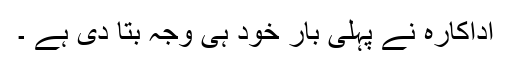
اداکارہ نے پہلی بار خود ہی وجہ بتا دی ہے ۔